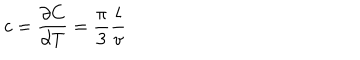
c = \frac { \partial C } { \partial T } = \frac { \pi } { 3 } \frac { l } { v }